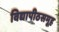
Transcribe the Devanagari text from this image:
विद्यापीठसमूह